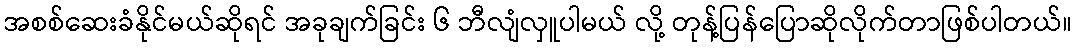
အစစ်ဆေးခံနိုင်မယ်ဆိုရင် အခုချက်ခြင်း ၆ ဘီလျံလှူပါမယ် လို့ တုန့်ပြန်ပြောဆိုလိုက်တာဖြစ်ပါတယ်။